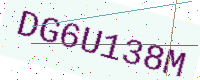
Text: DG6U138M